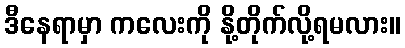
ဒီနေရာမှာ ကလေးကို နို့တိုက်လို့ရမလား။